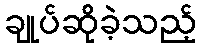
ချုပ်ဆိုခဲ့သည့်